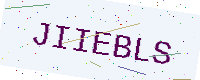
Text: JIIEBLS